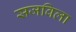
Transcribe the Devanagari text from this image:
सजविला